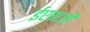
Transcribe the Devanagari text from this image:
ईएमजी